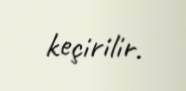
keçirilir.